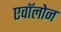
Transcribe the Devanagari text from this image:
एवॉलोन